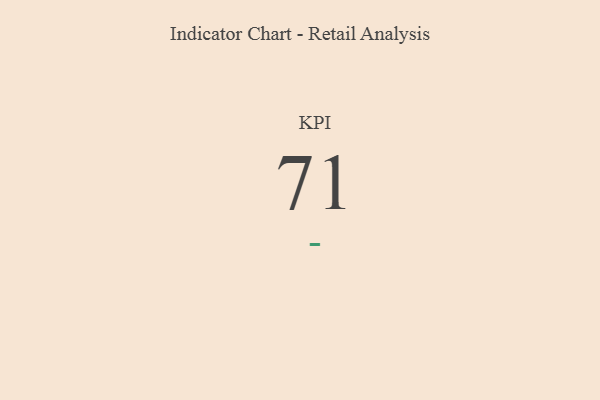
{"axis": {"x": "KPI", "y": "Value"}, "legend": [""], "data": [{"x": "KPI", "y": 71, "type": ""}]}